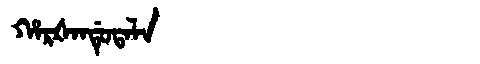
Manchu: ᡥᠠᡵᡧᠠᠨᡩᡠᡨᠠᠯᠠ
Romanization: HARŠANDUTALA